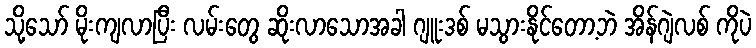
သို့သော် မိုးကျလာပြီး လမ်းတွေ ဆိုးလာသောအခါ ဂျူးဒစ် မသွားနိုင်တော့ဘဲ အိန်ဂျဲလစ် ကိုပဲ